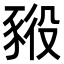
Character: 𧱕